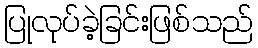
ပြုလုပ်ခဲ့ခြင်းဖြစ်သည်